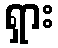
ရှား